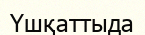
Үшқаттыда